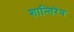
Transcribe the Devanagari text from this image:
शान्तिरेव